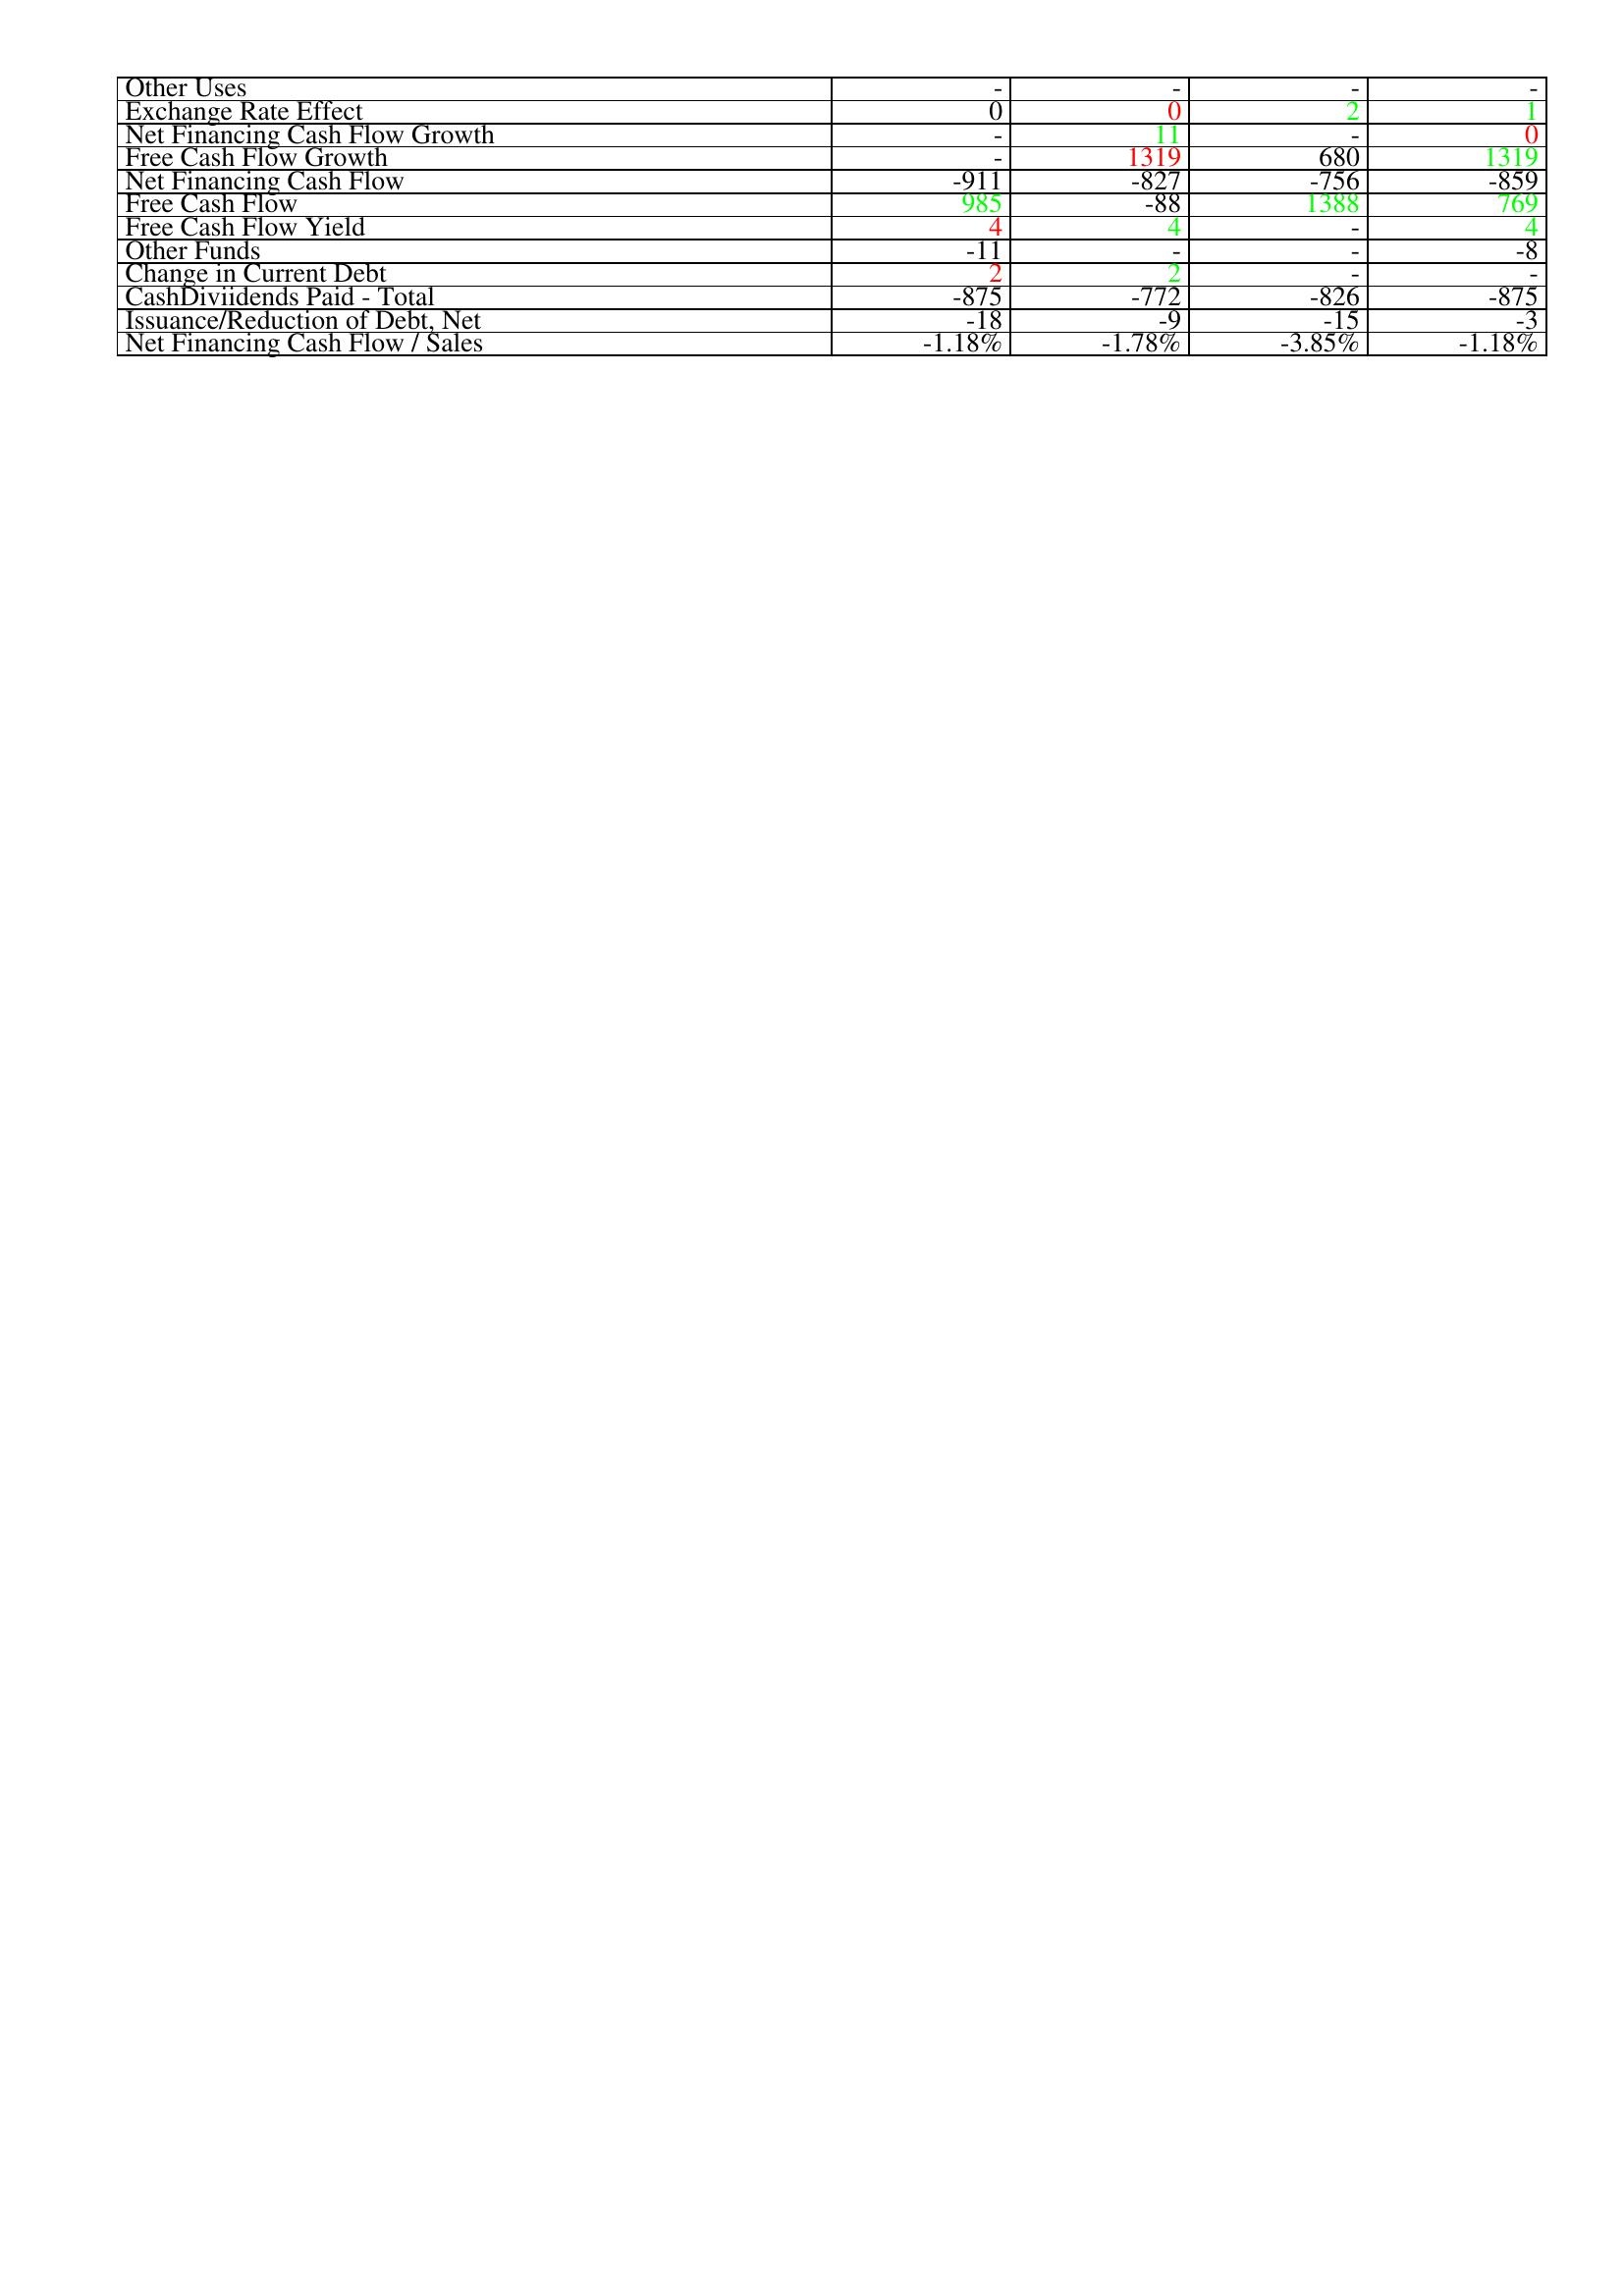
gt_parse: 2019: Financing Activities: Other Uses: -
Exchange Rate Effect: 0
Net Financing Cash Flow Growth: -
Free Cash Flow Growth: -
Net Financing Cash Flow: -911
Free Cash Flow: 985
Free Cash Flow Yield: 4
Other Funds: -11
Change in Current Debt: 2
CashDiviidends Paid - Total: -875
Issuance/Reduction of Debt, Net: -18
Net Financing Cash Flow / Sales: -1.18%
2020: Financing Activities: Other Uses: -
Exchange Rate Effect: 0
Net Financing Cash Flow Growth: 11
Free Cash Flow Growth: 1319
Net Financing Cash Flow: -827
Free Cash Flow: -88
Free Cash Flow Yield: 4
Other Funds: -
Change in Current Debt: 2
CashDiviidends Paid - Total: -772
Issuance/Reduction of Debt, Net: -9
Net Financing Cash Flow / Sales: -1.78%
2021: Financing Activities: Other Uses: -
Exchange Rate Effect: 2
Net Financing Cash Flow Growth: -
Free Cash Flow Growth: 680
Net Financing Cash Flow: -756
Free Cash Flow: 1388
Free Cash Flow Yield: -
Other Funds: -
Change in Current Debt: -
CashDiviidends Paid - Total: -826
Issuance/Reduction of Debt, Net: -15
Net Financing Cash Flow / Sales: -3.85%
2022: Financing Activities: Other Uses: -
Exchange Rate Effect: 1
Net Financing Cash Flow Growth: 0
Free Cash Flow Growth: 1319
Net Financing Cash Flow: -859
Free Cash Flow: 769
Free Cash Flow Yield: 4
Other Funds: -8
Change in Current Debt: -
CashDiviidends Paid - Total: -875
Issuance/Reduction of Debt, Net: -3
Net Financing Cash Flow / Sales: -1.18%